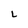
Character: L